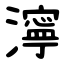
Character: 濘